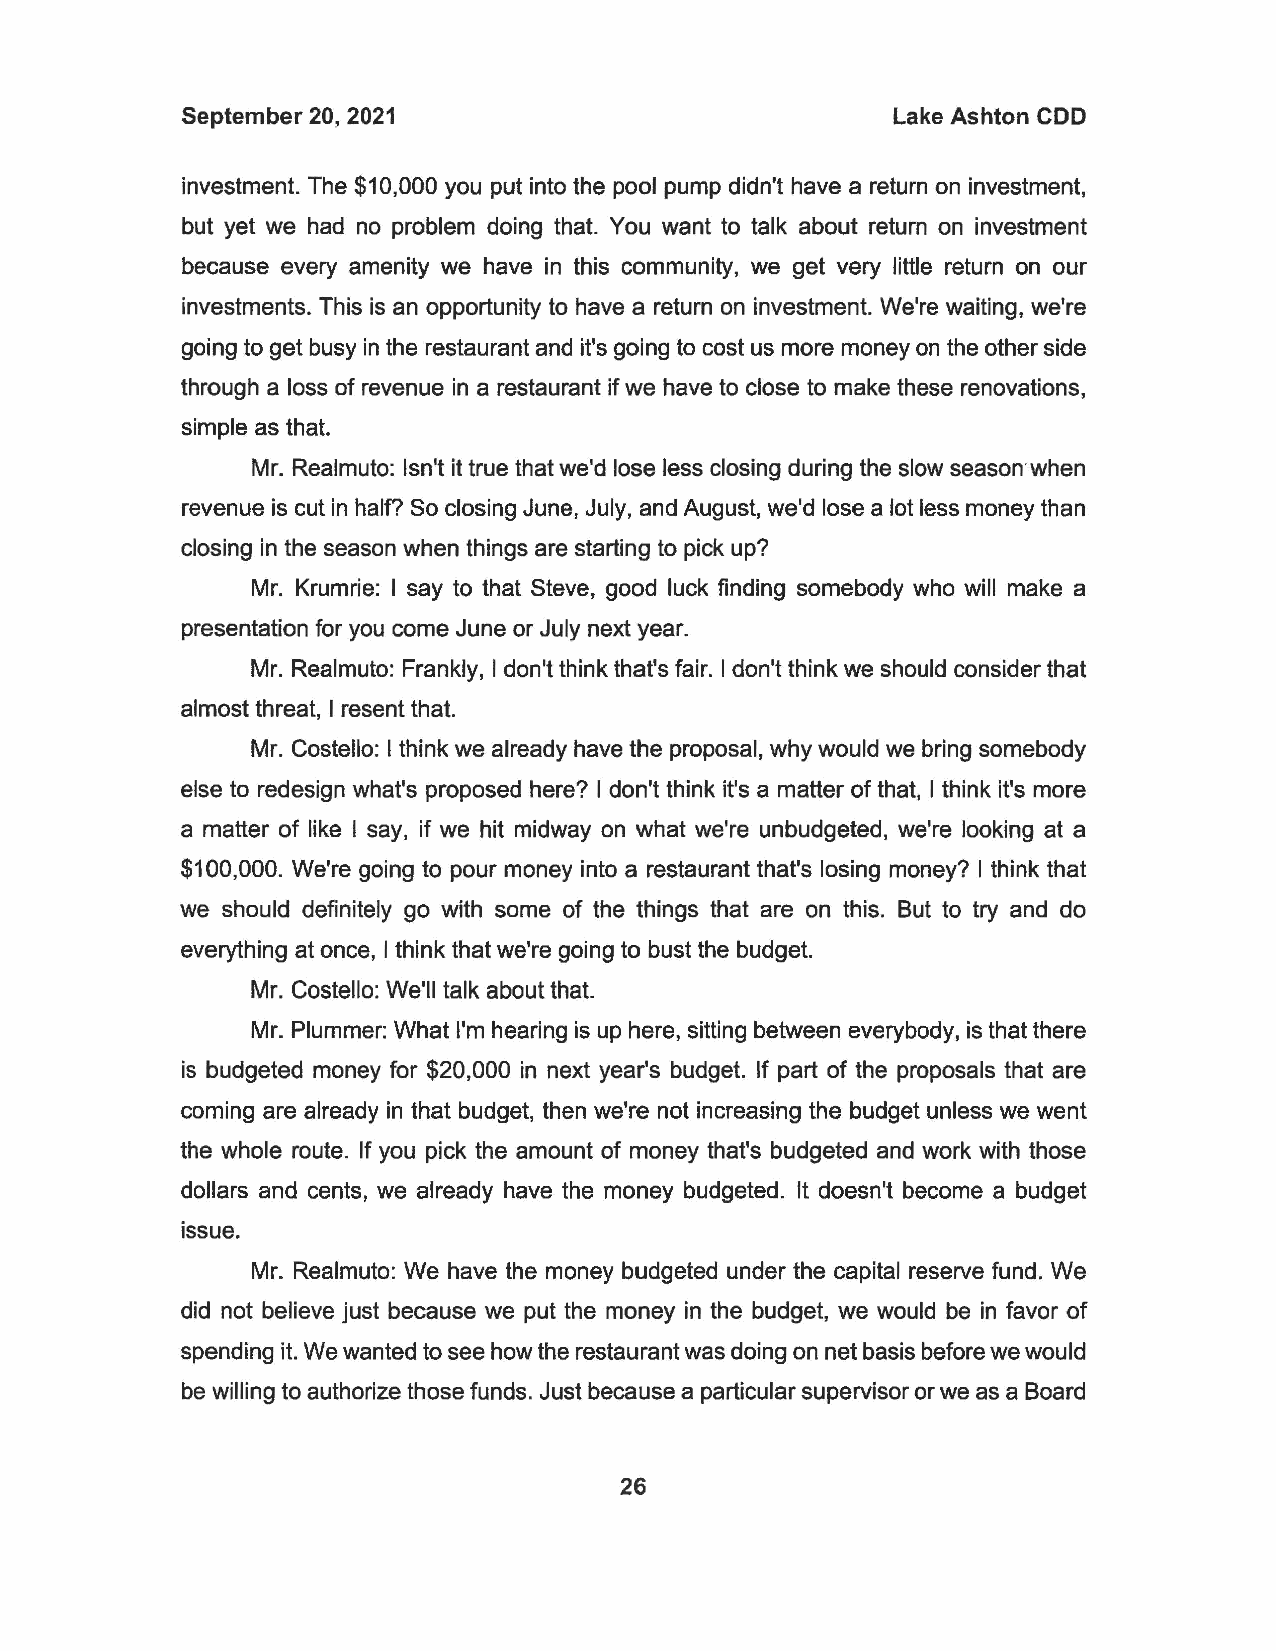
September 20, 2021                             Lake Ashton COD
 investment. The $10,000 you put into the pool pump didn't have a return on investment,
 but yet we had no problem doing that. You want to talk about return on investment
 because every amenity we have in this community, we get very little return on our
 investments. This is an opportunity to have a return on investment. We're waiting, we1re
 going to get busy in the restaurant and it's going to cost us more money on the other side
 through a loss of revenue in a restaurant if we have to close to make these renovations,
 simple as that.
 Mr. Realmuto: Isn't it true that we'd lose less closing during the slow season-when
 revenue is cut in half? So closing June, July, and August, we'd lose a lot less money than
 closing in the season when things are starting to pick up?
 Mr. Krumrie: I say to that Steve, good luck finding somebody who will make a
 presentation for you come June or July next year.
 Mr. Realmuto: Frankly, I don't think that's fair. I don't think we should consider that
 almost threat, I resent that.
 Mr. Costello: I think we already have the proposal, why would we bring somebody
 else to redesign what's proposed here? I don't think it's a matter of that, I think it's more
 a matter of like I say, if we hit midway on what we're unbudgeted, we're looking at a
 $100,000. We're going to pour money into a restaurant that's losing money? I think that
 we should definitely go with some of the things that are on this. But to try and do
 everything at once, I think that we're going to bust the budget.
 Mr. Costello: We'll talk about that.
 Mr. Plummer: What I'm hearing is up here, sitting between everybody, is that there
 is budgeted money for $20,000 in next year's budget. If part of the proposals that are
 coming are already in that budget, then we're not increasing the budget unless we went
 the whole route. If you pick the amount of money that's budgeted and work with those
 dollars and cents, we already have the money budgeted. It doesn't become a budget
 issue.
 Mr. Realmuto: We have the money budgeted under the capital reserve fund. We
 did not believe just because we put the money in the budget, we would be in favor of
 spending it. We wanted to see how the restaurant was doing on net basis before we would
 be willing to authorize those funds. Just because a particular supervisor or we as a Board
 26